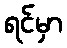
ရင်မှာ